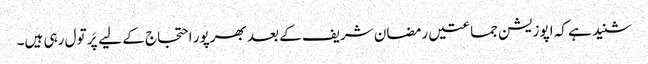
شنید ہے کہ اپوزیشن جماعتیں رمضان شریف کے بعد بھرپور احتجاج کے لیے پَر تول رہی ہیں۔